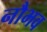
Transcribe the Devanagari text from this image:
नौभव